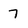
Character: 7